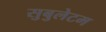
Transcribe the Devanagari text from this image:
सुबुलेटम